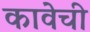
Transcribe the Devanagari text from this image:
कावेची